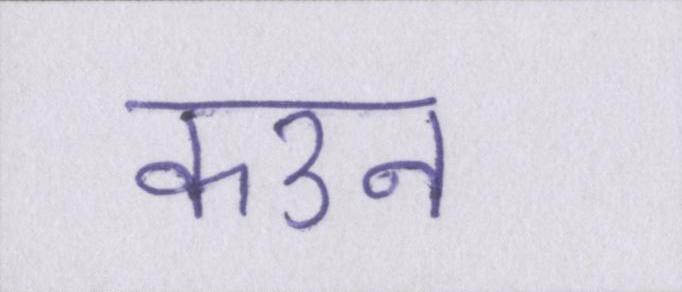
कउन